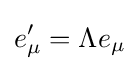
e_{\mu }'=\Lambda e_{\mu }